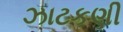
ઝાટકણી